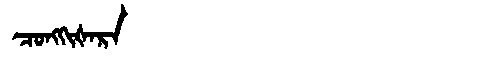
Manchu: ᠴᠣᠩᡴᡳᡧᠠᡵᠠ
Romanization: CONGKIŠARA